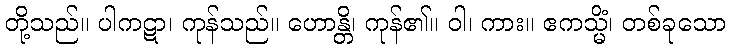
တို့သည်။ ပါကဋာ၊ ကုန်သည်။ ဟောန္တိ၊ ကုန်၏။ ဝါ၊ ကား။ ဧကသ္မိံ၊ တစ်ခုသော